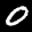
Label: 0